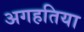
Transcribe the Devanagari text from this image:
अगहतिया